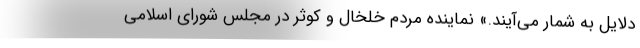
دلایل به شمار می‌آیند.» نماینده مردم خلخال و کوثر در مجلس شورای اسلامی